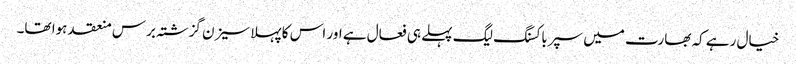
خیال رہے کہ بھارت میں سپرباکسنگ لیگ پہلے ہی فعال ہے اور اس کا پہلا سیزن گزشتہ برس منعقد ہوا تھا۔